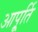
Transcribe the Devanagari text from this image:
आपू्र्ति